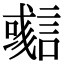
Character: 𧫊